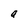
Character: a